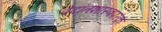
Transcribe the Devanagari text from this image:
वेदांतशास्त्रपरक